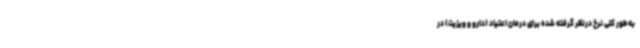
به طور کلی نرخ درنظر گرفته شده برای درمان اعتیاد (دارو و ویزیت) در